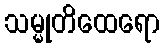
သမ္မုတိထေရော